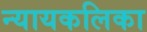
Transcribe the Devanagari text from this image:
न्यायकलिका